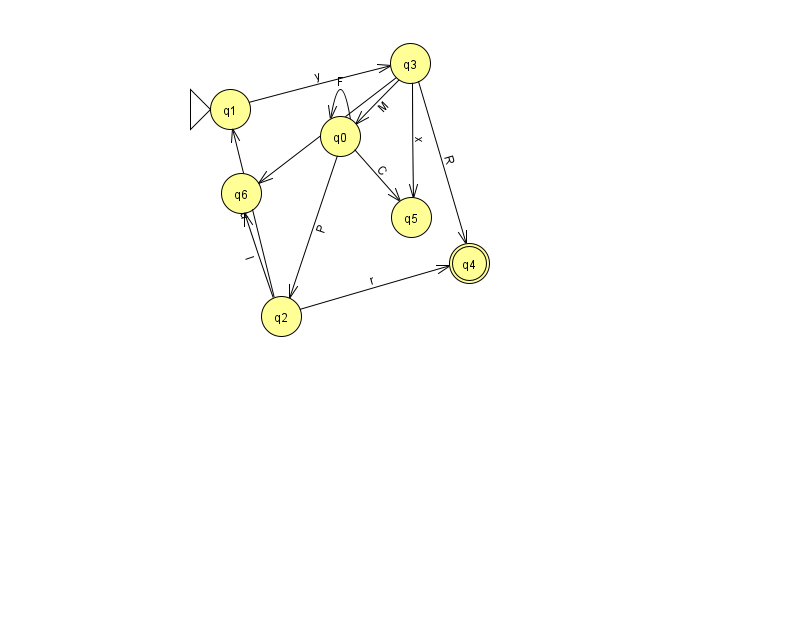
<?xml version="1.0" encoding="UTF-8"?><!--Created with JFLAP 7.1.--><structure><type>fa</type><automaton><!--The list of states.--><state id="0" name="q0"><x>340.0</x><y>123.0</y></state><state id="1" name="q1"><x>230.0</x><y>96.0</y><initial/></state><state id="2" name="q2"><x>281.0</x><y>303.0</y></state><state id="3" name="q3"><x>410.0</x><y>50.0</y></state><state id="4" name="q4"><x>469.0</x><y>250.0</y><final/></state><state id="5" name="q5"><x>411.0</x><y>204.0</y></state><state id="6" name="q6"><x>241.0</x><y>180.0</y></state><!--The list of transitions.--><transition><from>0</from><to>2</to><read>P</read></transition><transition><from>0</from><to>0</to><read>F</read></transition><transition><from>1</from><to>3</to><read>y</read></transition><transition><from>3</from><to>5</to><read>x</read></transition><transition><from>2</from><to>1</to><read>u</read></transition><transition><from>3</from><to>4</to><read>R</read></transition><transition><from>3</from><to>6</to><read>n</read></transition><transition><from>2</from><to>6</to><read>l</read></transition><transition><from>0</from><to>5</to><read>C</read></transition><transition><from>2</from><to>4</to><read>r</read></transition><transition><from>3</from><to>0</to><read>M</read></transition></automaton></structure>